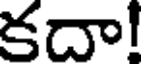
కదా!